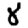
Digit: 8